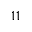
^ { 1 1 }